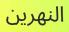
النھرين